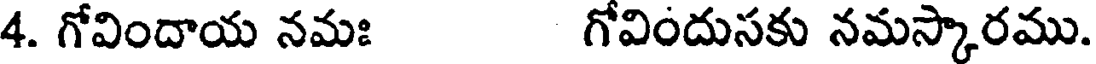
4. గోవిందాయ నమః గోవిందుసకు నమస్కారము.